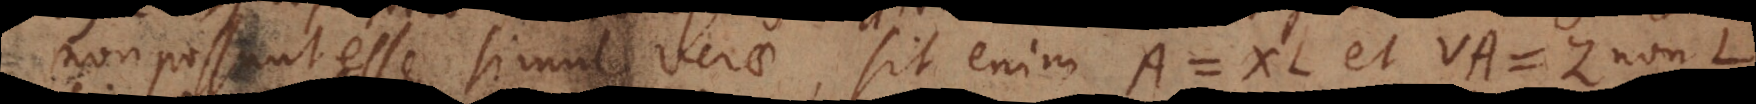
non possunt esse simul verae, sit enim A = XL et VA = Z non‐L,